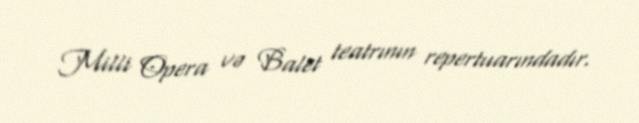
Milli Opera və Balet teatrının repertuarındadır.